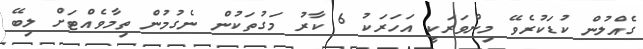
ގެއްލުން ކުޑަކުރެވޭ މިންވަރަކީ އަހަރަކު 6 ކާރު މަގުތަކުން ނެގުމުން ތިމާވެއްޓަށް ލިބޭ